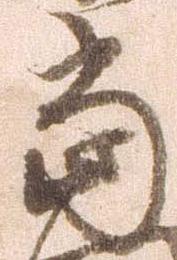
当